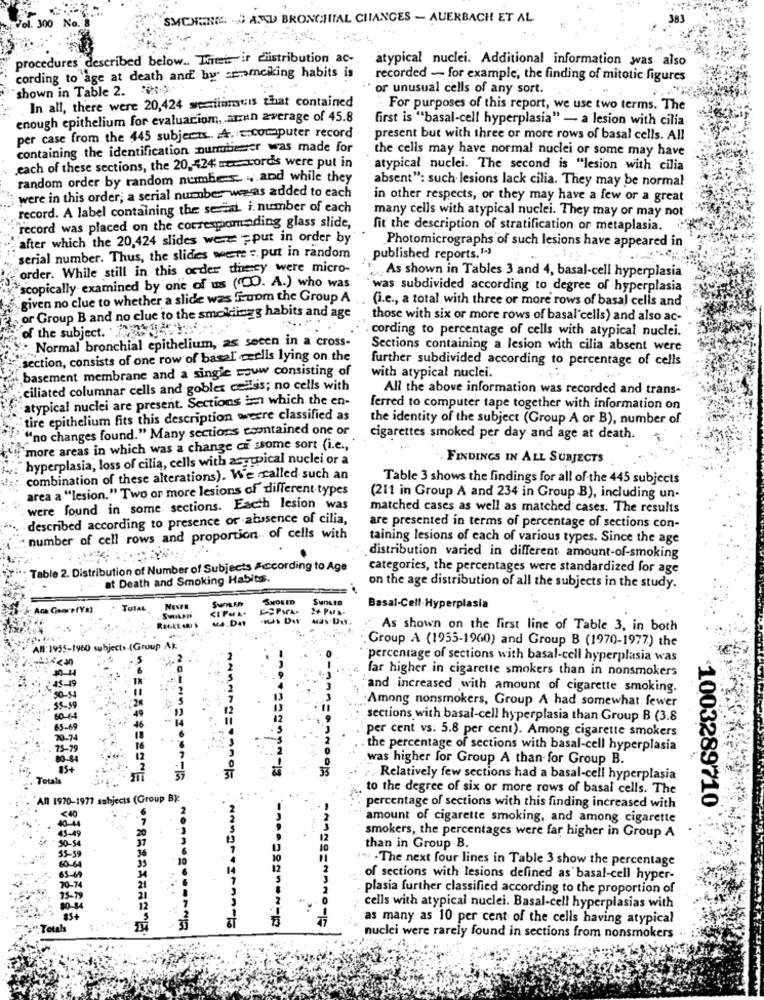
SMCNENA JANU BRONCHIAL CHANGES - AUERBACH ET AL.
procedures described below .. Titet ir distribution ac-
atypical nuclei. Additional information was also
cording to age at death and by summerking habits is
recorded - for example, the finding of mitotic figures
shown in Table 2. ">
or unusual cells of any sort.
In all, there were 20,424 wecatiintis that contained
For purposes of this report, we use two terms. The
enough epithelium for evaluaciom, . arn average of 45.8
first is "basal-cell hyperplasia" - a lesion with cilia
per case from the 445 subjects. A. - computer record
present but with three or more rows of basal cells. All
containing the identification nurmdieser was made for
the cells may have normal nuclei or some may have
each of these sections, the 20, 424 more tord's were put in
atypical nuclei. The second is "lesion with cilia
random order by random number and while they
absent": such lesions lack cilia. They may be normal
were in this order; a serial number was added to each
in other respects, or they may have a few or a great
record. A label containing the sezai. i. number of each
many cells with atypical nuclei. They may or may not
record was placed on the corresponading glass slide,
fit the description of stratification or metaplasia.
after which the 20,424 slides wert -put in order by
Photomicrographs of such lesions have appeared in
serial number. Thus, the slides were =. put in random
published reports. 1-4)
order. While still in this order dnecy were micro-
scopically examined by one of us (CO. A.) who was
"As shown in Tables 3 and 4, basal-cell hyperplasia
was subdivided according to degree of hyperplasia
given no clue to whether a slide was firoom the Group A
(i.e ., a total with three or more rows of basal cells and
por Group B and no clue to the smoldingg habits and age
those with six or more rows of basal cells) and also ac-
of the subject. stor;
cording to percentage of cells with atypical nuclei.
"Normal bronchial epithelium, as secen in a cross-
Sections containing a lesion with cilia absent were
section, consists of one row of basal tells lying on the
further subdivided according to percentage of cells
basement membrane and a single bouw consisting of
with atypical nuclei.
ciliated columnar cells and gobles cellss; no cells with
All the above information was recorded and trans-
atypical nuclei are present. Sections in which the en-
ferred to computer tape together with information on
tire epithelium fits this description weare classified as
the identity of the subject (Group A or B), number of.
"no changes found." Many sections ccontained one or
cigarettes smoked per day and age at death.
more areas in which was a change of ssome sort (i.e .,
hyperplasia, loss of cilia, cells with asyppical nuclei or a
FINDINGS IN ALL SUBJECTS
combination of these alterations). We called such an
Table 3 shows the findings for all of the 445 subjects
area a "lesion." Two or more lesions of different types
(211 in Group A and 234 in Group B), including un-
were found in some sections. Each lesion was
matched cases as well as matched cases. The results
described according to presence of absence of cilia,
are presented in terms of percentage of sections con-
number of cell rows and proportion of cells with
taining lesions of each of various types. Since the age
distribution varied in different amount-of-smoking
Table 2. Distribution of Number of Subjects According to Age
categories, the percentages were standardized for age
at Death and Smoking Habits.
on the age distribution of all the subjects in the study.
SMOKED
SMOKED
PEPWA-
2+ Para-
Basal-Cell-Hyperplasia
us.De
<IPM
As shown on the first line of Table 3, in both
Group A (1955-1960) and Group B (1970-1977) the
455-1960 subjects (Group Ak
percentage of sections with basal-cell hyperplasia was
far higher in cigarette smokers than in nonsmokers
and increased with amount of cigarette smoking.
Among nonsmokers, Group A had somewhat fewer
55 59
60-64
sections with basal-cell hyperplasia than Group B (3.8
per cent vs. 5.8 per cent). Among cigarette smokers
the percentage of sections with basal-cell hyperplasia
was higher for Group A than for Group B.
Totalı
. Relatively few sections had a basal-cell hyperplasia
to the degree of six or more rows of basal cells. The
All 1970-1977 subjects (Group B):
1003289710
percentage of sections with this finding increased with
amount of cigarette smoking, and among cigarette
smokers, the percentages were far higher in Group A
than in Group B.
"w . The next four lines in Table 3 show the percentage
of sections with lesions defined as basal-cell hyper-
plasia further classified according to the proportion of
Inno.
cells with atypical nuclei. Basal-cell hyperplasias with
as many as 10 per cent of the cells having atypical
Totals
BRRRERRE
nuclei were rarely found in sections from nonsmokers